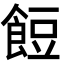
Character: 餖